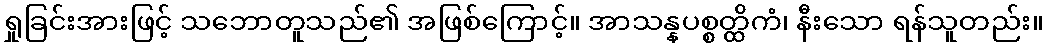
ရှုခြင်းအားဖြင့် သဘောတူသည်၏ အဖြစ်ကြောင့်။ အာသန္နပစ္စတ္ထိကံ၊ နီးသော ရန်သူတည်း။